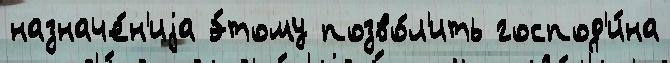
назначе́н'иjа э́тому позво́л'ить господ'и́на